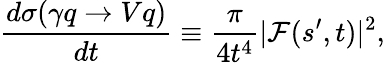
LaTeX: \frac{d\sigma(\gamma q\rightarrow Vq)}{dt}\equiv\frac{\pi}{4t^{4}}|\mathcal{F}(s^{\prime},t)|^{2},